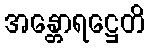
အန္တောရဋ္ဌေတိ